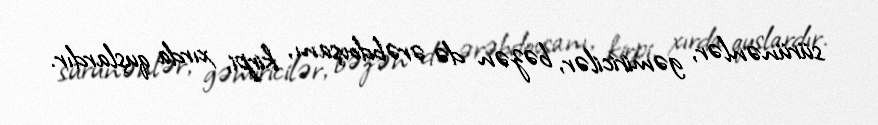
sürünənlər, gəmiricilər, bəzən də ərəbdovşanı, kirpi, xırda quşlardır.